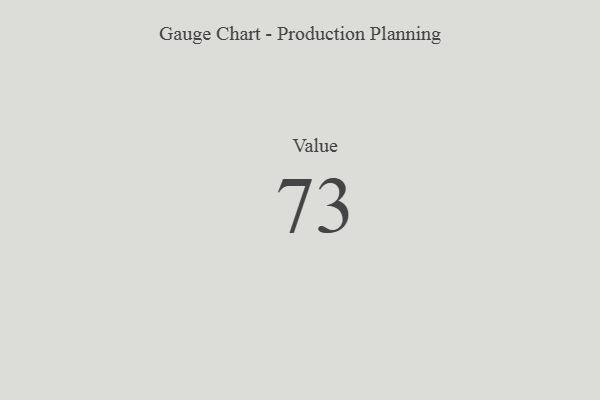
{"axis": {"x": "Metric", "y": "Value"}, "legend": [""], "data": [{"x": "Value", "y": 73, "type": ""}]}